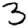
Digit: 3